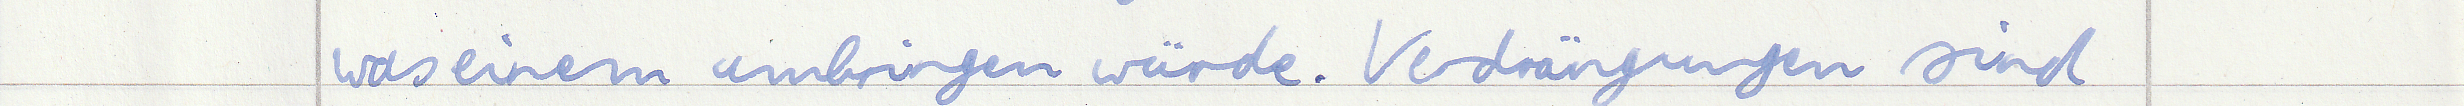
was einem umbringen würde. Verdrängungen sind